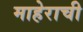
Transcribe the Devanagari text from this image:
माहेराची